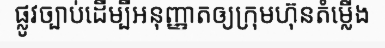
ផ្លូវច្បាប់ដើម្បីអនុញ្ញាតឲ្យក្រុមហ៊ុនតំម្លើង